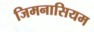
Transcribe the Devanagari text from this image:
जिमनासियम